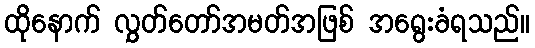
ထိုနောက် လွှတ်တော်အမတ်အဖြစ် အရွေးခံရသည်။